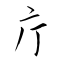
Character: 庁